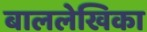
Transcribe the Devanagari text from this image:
बाललेखिका